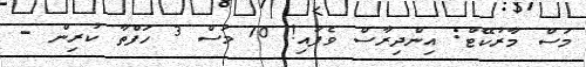
މަސް މާރުކޭޓް: އިންދިރާސް ވެފައި! 10 މަސް 3 ހަފްތާ ކުރިން -